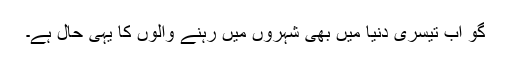
گو اب تیسری دنیا میں بھی شہروں میں رہنے والوں کا یہی حال ہے۔